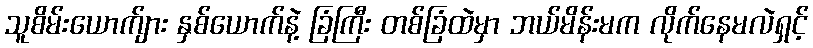
သူစိမ်းယောက်ျား နှစ်ယောက်နဲ့ ခြံကြီး တစ်ခြံထဲမှာ ဘယ်မိန်းမက လိုက်နေမလဲရှင့်